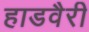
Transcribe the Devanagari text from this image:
हाडवैरी